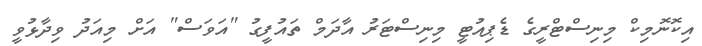
އިކޮނޮމިކް މިނިސްޓްރީގެ ޑެޕިއުޓީ މިނިސްޓަރު އާދަމް ތައުފީގު "އަވަސް" އަށް މިއަދު ވިދާޅުވީ